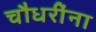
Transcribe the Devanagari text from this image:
चौधरींना